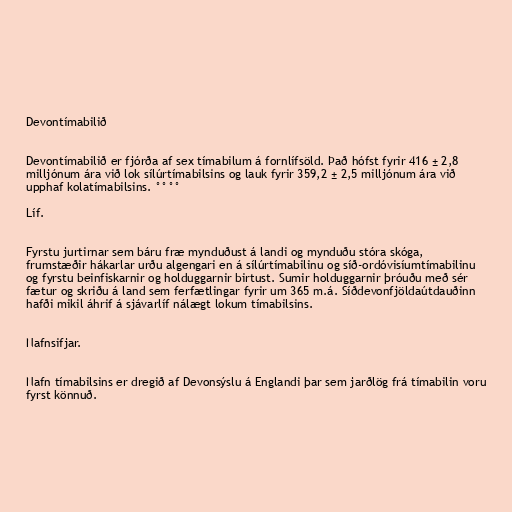
Devontímabilið

Devontímabilið er fjórða af sex tímabilum á fornlífsöld. Það hófst fyrir 416 ± 2,8
milljónum ára við lok sílúrtímabilsins og lauk fyrir 359,2 ± 2,5 milljónum ára við
upphaf kolatímabilsins. °°°°

Líf.

Fyrstu jurtirnar sem báru fræ mynduðust á landi og mynduðu stóra skóga,
frumstæðir hákarlar urðu algengari en á sílúrtímabilinu og síð-ordóvisíumtímabilinu
og fyrstu beinfiskarnir og holduggarnir birtust. Sumir holduggarnir þróuðu með sér
fætur og skriðu á land sem ferfætlingar fyrir um 365 m.á. Síðdevonfjöldaútdauðinn
hafði mikil áhrif á sjávarlíf nálægt lokum tímabilsins.

Nafnsifjar.

Nafn tímabilsins er dregið af Devonsýslu á Englandi þar sem jarðlög frá tímabilin voru
fyrst könnuð.